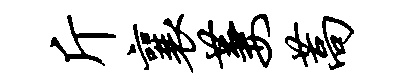
斤襄萋蒿